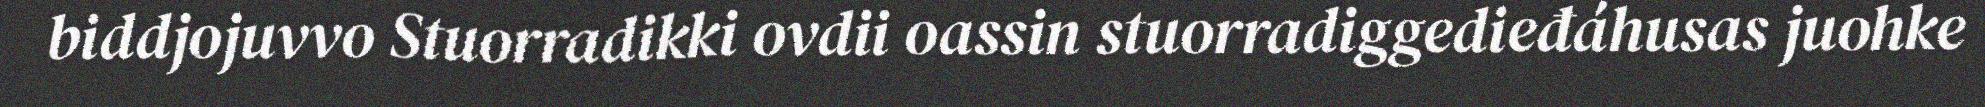
biddjojuvvo Stuorradikki ovdii oassin stuorradiggedieđáhusas juohke